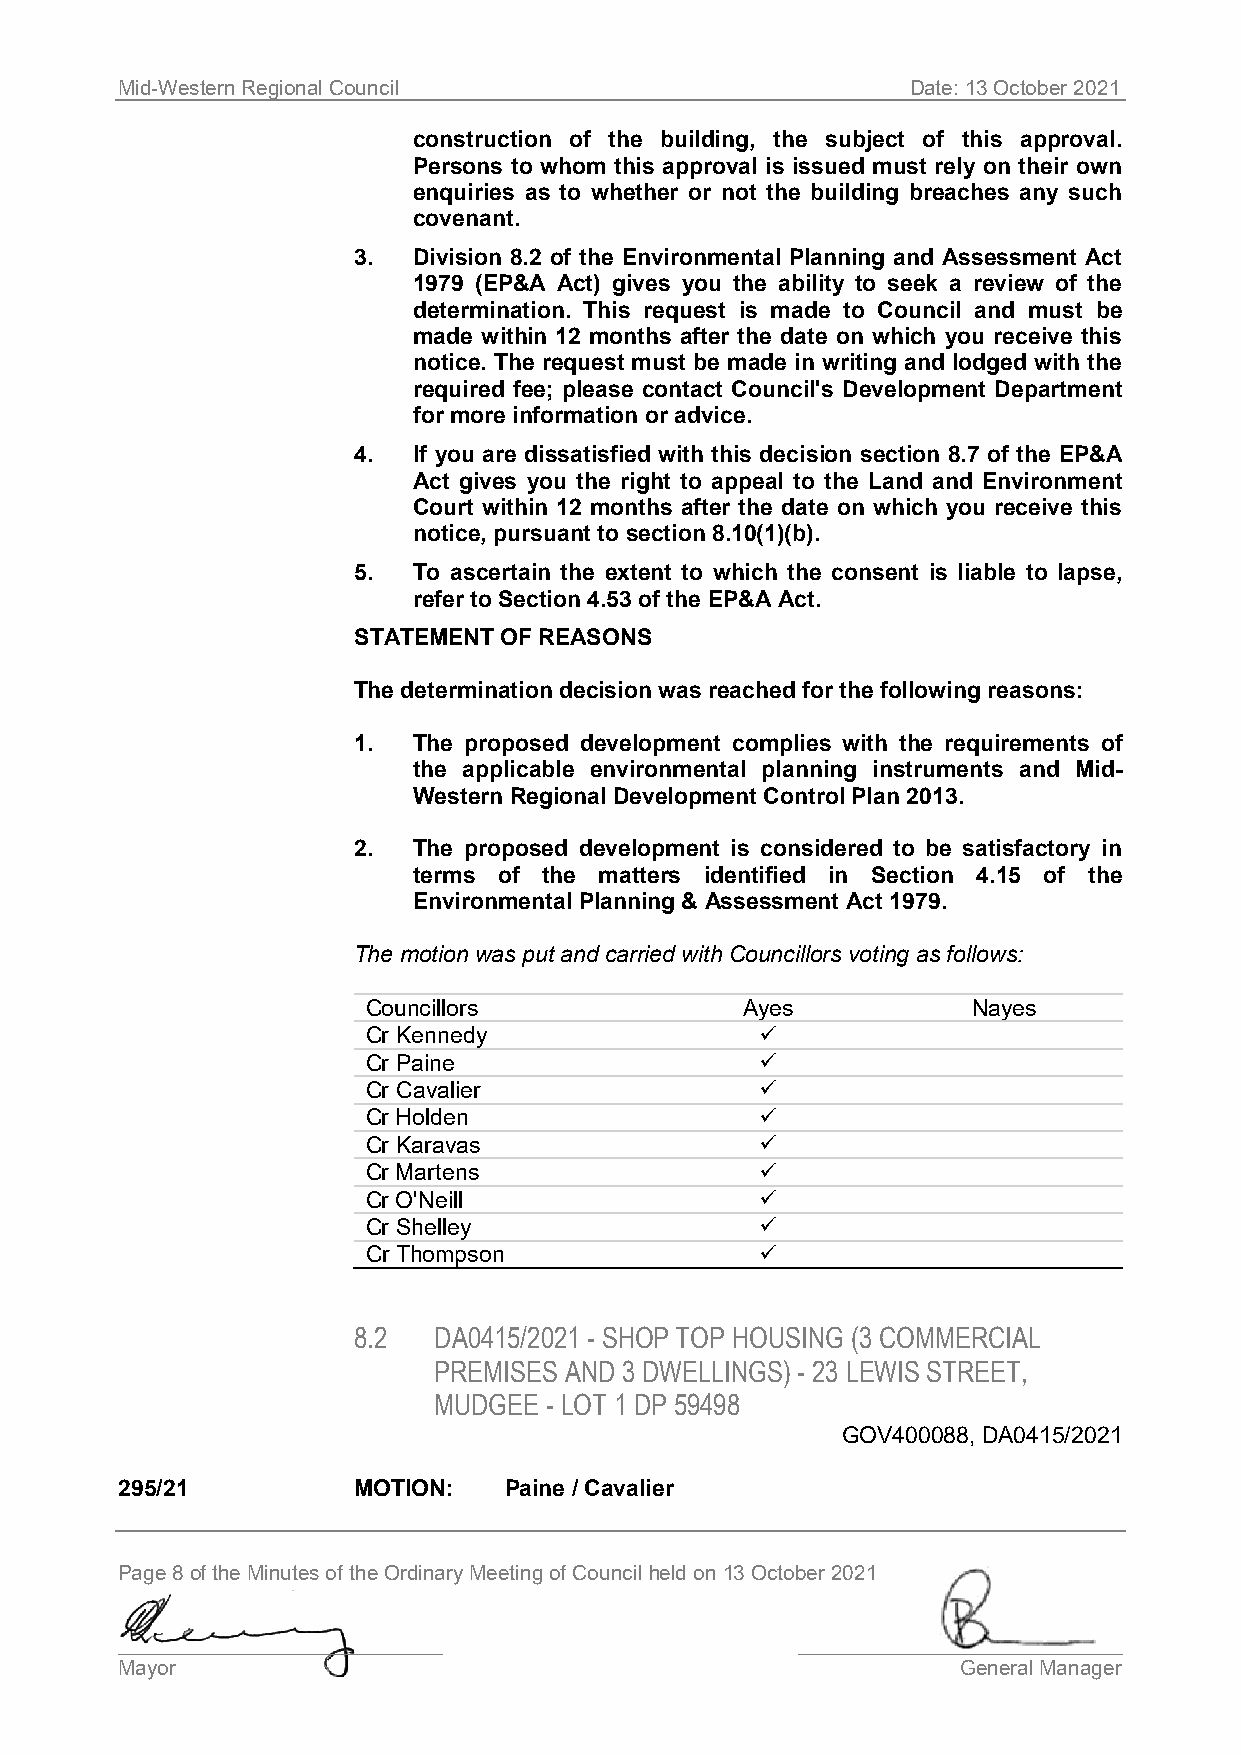
Mid-Western Regional Council                        Date: 13 October 2021
 construction of the building, the subject of this approval.
 Persons to whom this approval is issued must rely on their own
 enquiries as to whether or not the building breaches any such
 covenant.
 3.  Division 8.2 of the Environmental Planning and Assessment Act
 1979 (EP&A Act) gives you the ability to seek a review of the
 determination. This request is made to Council and must be
 made within 12 months after the date on which you receive this
 notice. The request must be made in writing and lodged with the
 required fee; please contact Council's Development Department
 for more information or advice.
 4.  If you are dissatisfied with this decision section 8.7 of the EP&A
 Act gives you the right to appeal to the Land and Environment
 Court within 12 months after the date on which you receive this
 notice, pursuant to section 8.10(1)(b).
 5.  To ascertain the extent to which the consent is liable to lapse,
 refer to Section 4.53 of the EP&A Act.
 STATEMENT OF REASONS
 The determination decision was reached for the following reasons:
 1.  The proposed development complies with the requirements of
 the applicable environmental planning instruments and Mid-
 Western Regional Development Control Plan 2013.
 2.  The proposed development is considered to be satisfactory in
 terms of the matters identified in Section 4.15 of the
 Environmental Planning & Assessment Act 1979.
 The motion was put and carried with Councillors voting as follows:
 Councillors              Ayes           Nayes
 Cr Kennedy                
 Cr Paine                  
 Cr Cavalier               
 Cr Holden                 
 Cr Karavas                
 Cr Martens                
 Cr O'Neill                
 Cr Shelley                
 Cr Thompson               
 8.2   DA0415/2021 - SHOP TOP HOUSING (3 COMMERCIAL
 PREMISES AND 3 DWELLINGS) - 23 LEWIS STREET,
 MUDGEE - LOT 1 DP 59498
 GOV400088, DA0415/2021
 295/21         MOTION:   Paine / Cavalier
 Page 8 of the Minutes of the Ordinary Meeting of Council held on 13 October 2021
 ____________________________                 ____________________________
 Mayor                                                   General Manager